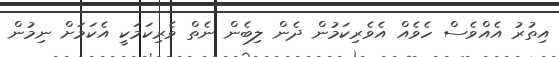
އިތުރު އެއްވެސް ހެވެއް އެވެރިކަމުން ދެން ލިބެން ނެތް ވެރިކަމަކީ އެކަމަށް ނިމުން